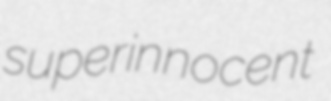
superinnocent